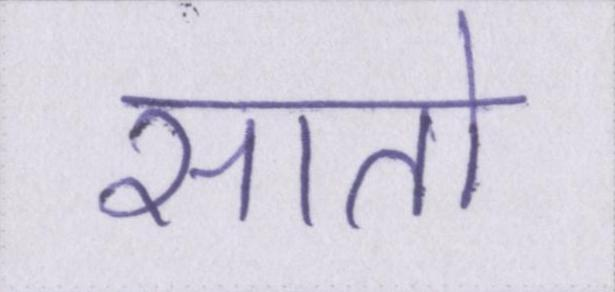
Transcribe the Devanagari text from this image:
सातो